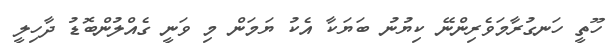
ހޫތީ ހަނގުރާމަވެރިންނޭ ކިޔުނު ބަޔަކާ އެކު ޔަމަން މި ވަނީ ގެއްލުންބޮޑު ދާހިލީ